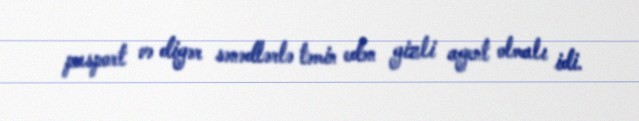
pasport və digər sənədlərlə təmin edən gizli agent olmalı idi.